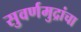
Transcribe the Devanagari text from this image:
सुवर्णमुद्रांचा